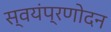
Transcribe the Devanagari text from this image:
स्वयंप्रणोदन